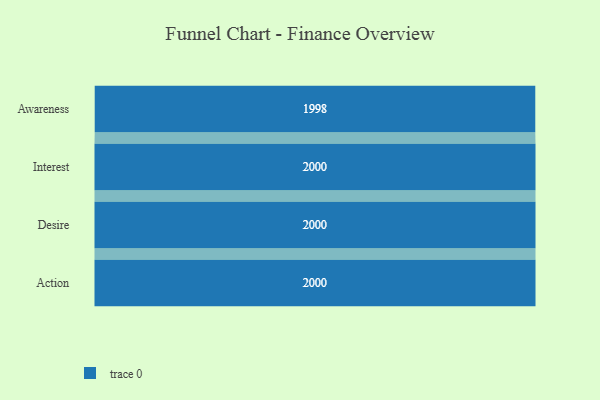
{"axis": {"x": "Stage", "y": "Value"}, "legend": [""], "data": [{"x": "Awareness", "y": 1998.0, "type": ""}, {"x": "Interest", "y": 2000, "type": ""}, {"x": "Desire", "y": 2000, "type": ""}, {"x": "Action", "y": 2000, "type": ""}]}